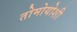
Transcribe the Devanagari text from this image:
तोमोयोशी